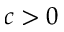
c > 0